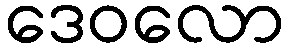
ဒေဝလော